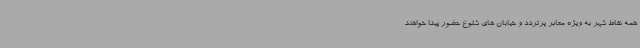
همه نقاط شهر به ویژه معابر پرتردد و خیابان های شلوغ حضور پیدا خواهند